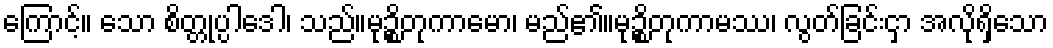
ကြောင့်။ သော စိတ္တုပ္ပါဒေါ၊ သည်။မုဉ္စိတုကာမော၊ မည်၏။မုဉ္စိတုကာမဿ၊ လွတ်ခြင်းငှာ အလိုရှိသော